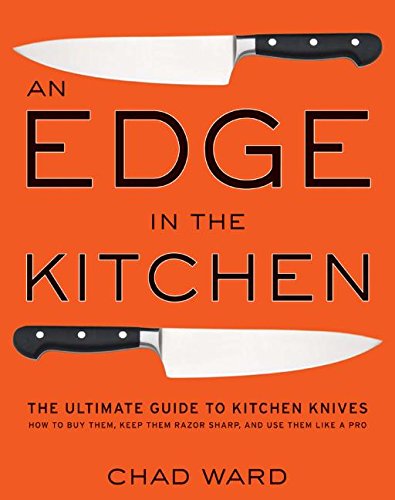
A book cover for An Edge in the Kitchen: The Ultimate Guide to Kitchen Knives -- How to Buy Them, Keep Them Razor Sharp, and Use Them Like a Pro; Chad Ward; Cookbooks, Food & Wine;